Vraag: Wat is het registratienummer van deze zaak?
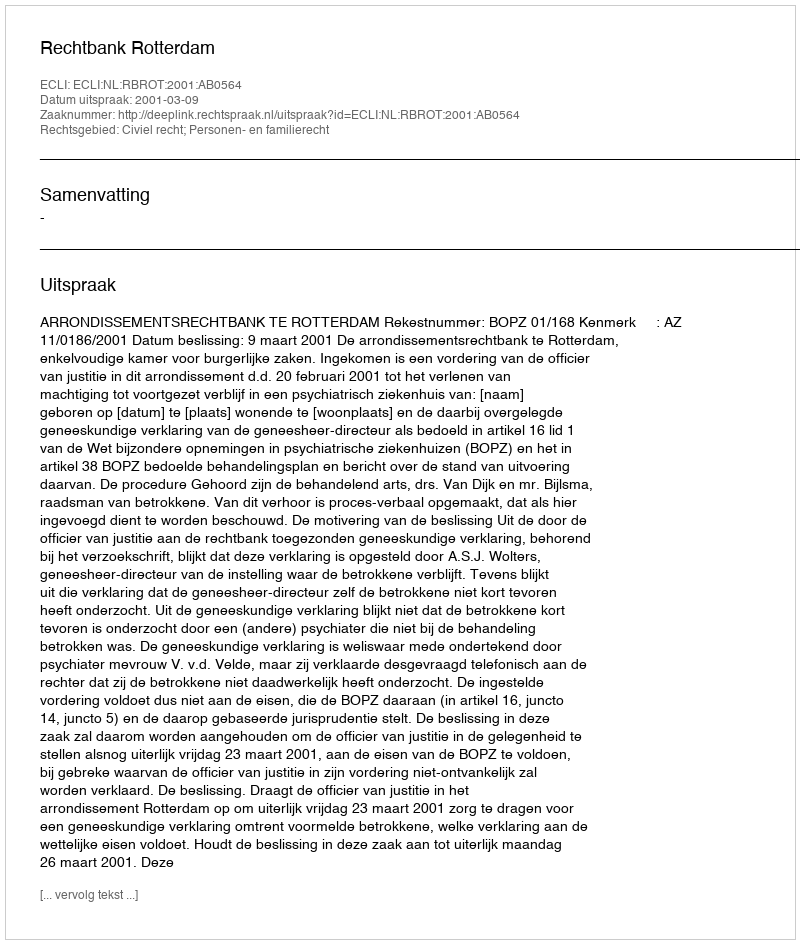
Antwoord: http://deeplink.rechtspraak.nl/uitspraak?id=ECLI:NL:RBROT:2001:AB0564